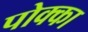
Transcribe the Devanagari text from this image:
पोक्का